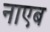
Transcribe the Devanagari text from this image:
नाएब